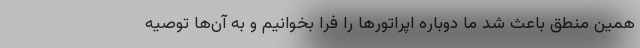
همین منطق باعث شد ما دوباره اپراتورها را فرا بخوانیم و به آن‌ها توصیه